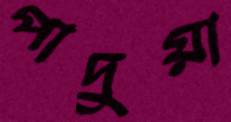
পাদুয়া